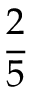
\frac { 2 } { 5 }